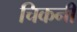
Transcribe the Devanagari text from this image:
चिकनीं